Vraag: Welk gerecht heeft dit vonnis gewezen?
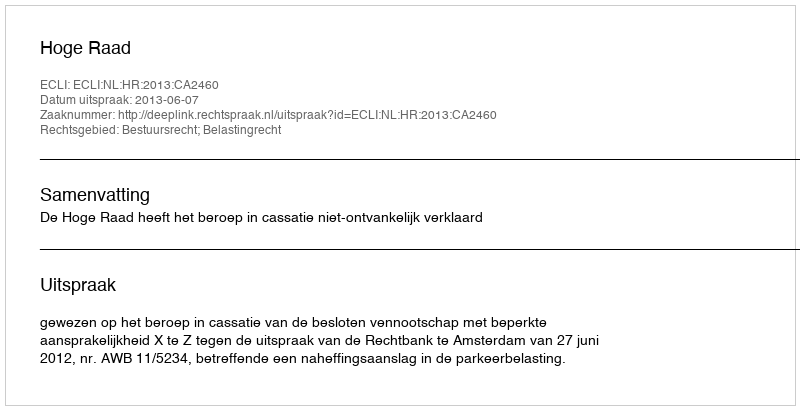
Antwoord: Hoge Raad